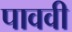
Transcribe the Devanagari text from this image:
पाववी